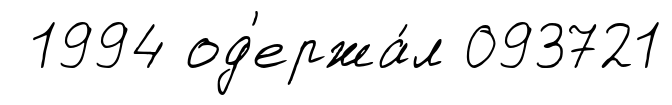
1994 од'ержа́л 093721